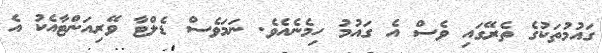
ގައުމުތަކުގެ ތެރޭގައި ވެސް އެ ގައުމު ހިމެނެއެވެ. ނަމަވެސް ޑެލްޓާ ވޭރިއަންޓާއެކު އެ